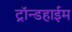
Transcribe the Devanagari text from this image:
ट्रॉन्डहाईम